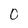
Character: 0